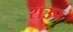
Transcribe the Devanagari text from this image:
राउप